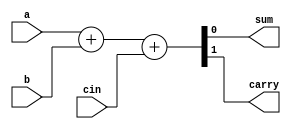
module FA(input a, b, cin, output sum, carry);
  assign {carry, sum} = a + b + cin;
endmodule
module A_S(
  input [3:0] A, B,
  input m,
  output [4:0] result,
  output overflow
);
wire [3:0] Y;
wire [3:0] C;
wire [3:0] S;
wire cout_sub;
xor X1(Y[0],m,B[0]);
xor X2(Y[1],m,B[1]);
xor X3(Y[2],m,B[2]);
xor X4(Y[3],m,B[3]);
FA FA1(A[0], Y[0], m, S[0], C[0]);
FA FA2(A[1], Y[1], C[0], S[1], C[1]);
FA FA3(A[2], Y[2], C[1], S[2], C[2]);
FA FA4(A[3], Y[3], C[2], S[3], C[3]);
assign overflow = ((A[3] & Y[3] & ~S[3]) | (~A[3] & ~Y[3] & S[3])) | cout_sub;
assign cout_sub = (m == 1'b1) ? ~C[3] : C[3];
assign result = {cout_sub, S};
endmodule